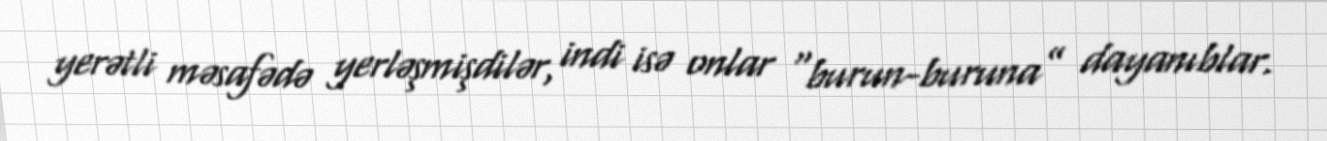
yerətli məsafədə yerləşmişdilər, indi isə onlar “burun-buruna” dayanıblar.